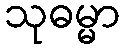
သုဓမ္မာ